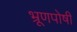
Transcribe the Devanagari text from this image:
भ्रूणपोषी